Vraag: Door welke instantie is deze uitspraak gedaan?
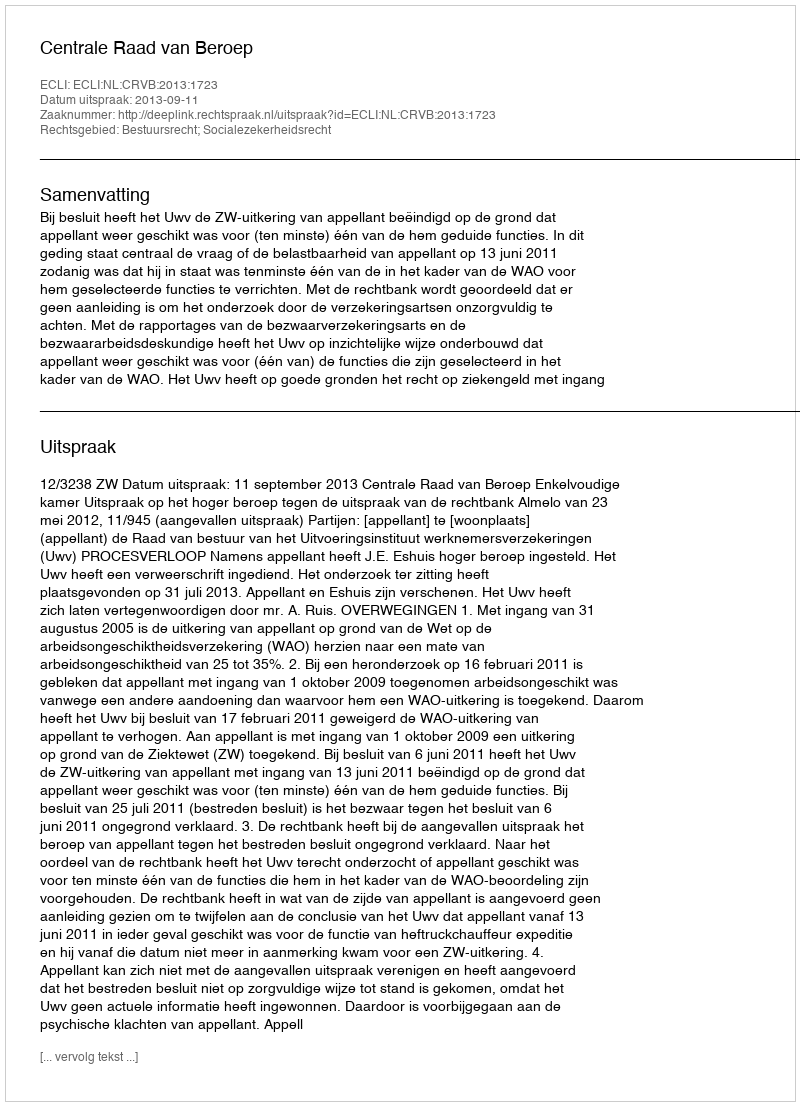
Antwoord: Centrale Raad van Beroep